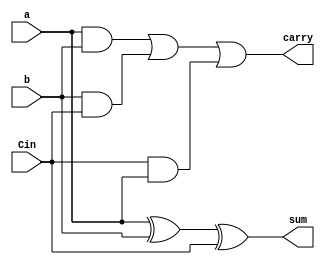
module FullAdder(sum, carry, a, b, Cin);
  output sum, carry;
  input a, b, Cin;
  assign sum = a ^ b ^ Cin;
  assign carry = (a & b)|(b & Cin)|(Cin & a);
endmodule

module RippleCarryAdder_nBit #(parameter N = 8)(
  input [N-1:0] A, B,
  output [N-1:0] sum,
  output cout
);
  wire [N-2:0] carry;
  FullAdder FA0(sum[0], carry[0], A[0], B[0], 1'b0);
  genvar i;
  generate
    for (i=1;i<N-1;i=i+1) begin
      FullAdder FA(sum[i], carry[i], A[i], B[i], carry[i-1]);
    end
  endgenerate
  FullAdder FAN(sum[N-1], cout, A[N-1], B[N-1], carry[N-2]);
endmodule